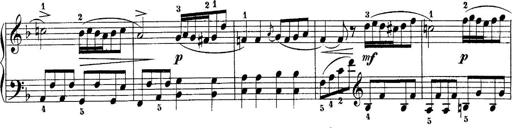
Title: 10 Sonatines progressives
Composer: Anton Schmoll